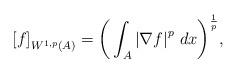
LaTeX: \begin{align*}{[ f]}_{W^{1,p}(A)} = {\bigg(\int_A {|\nabla f |}^p \ dx\bigg)}^{\frac{1}{p}},\end{align*}